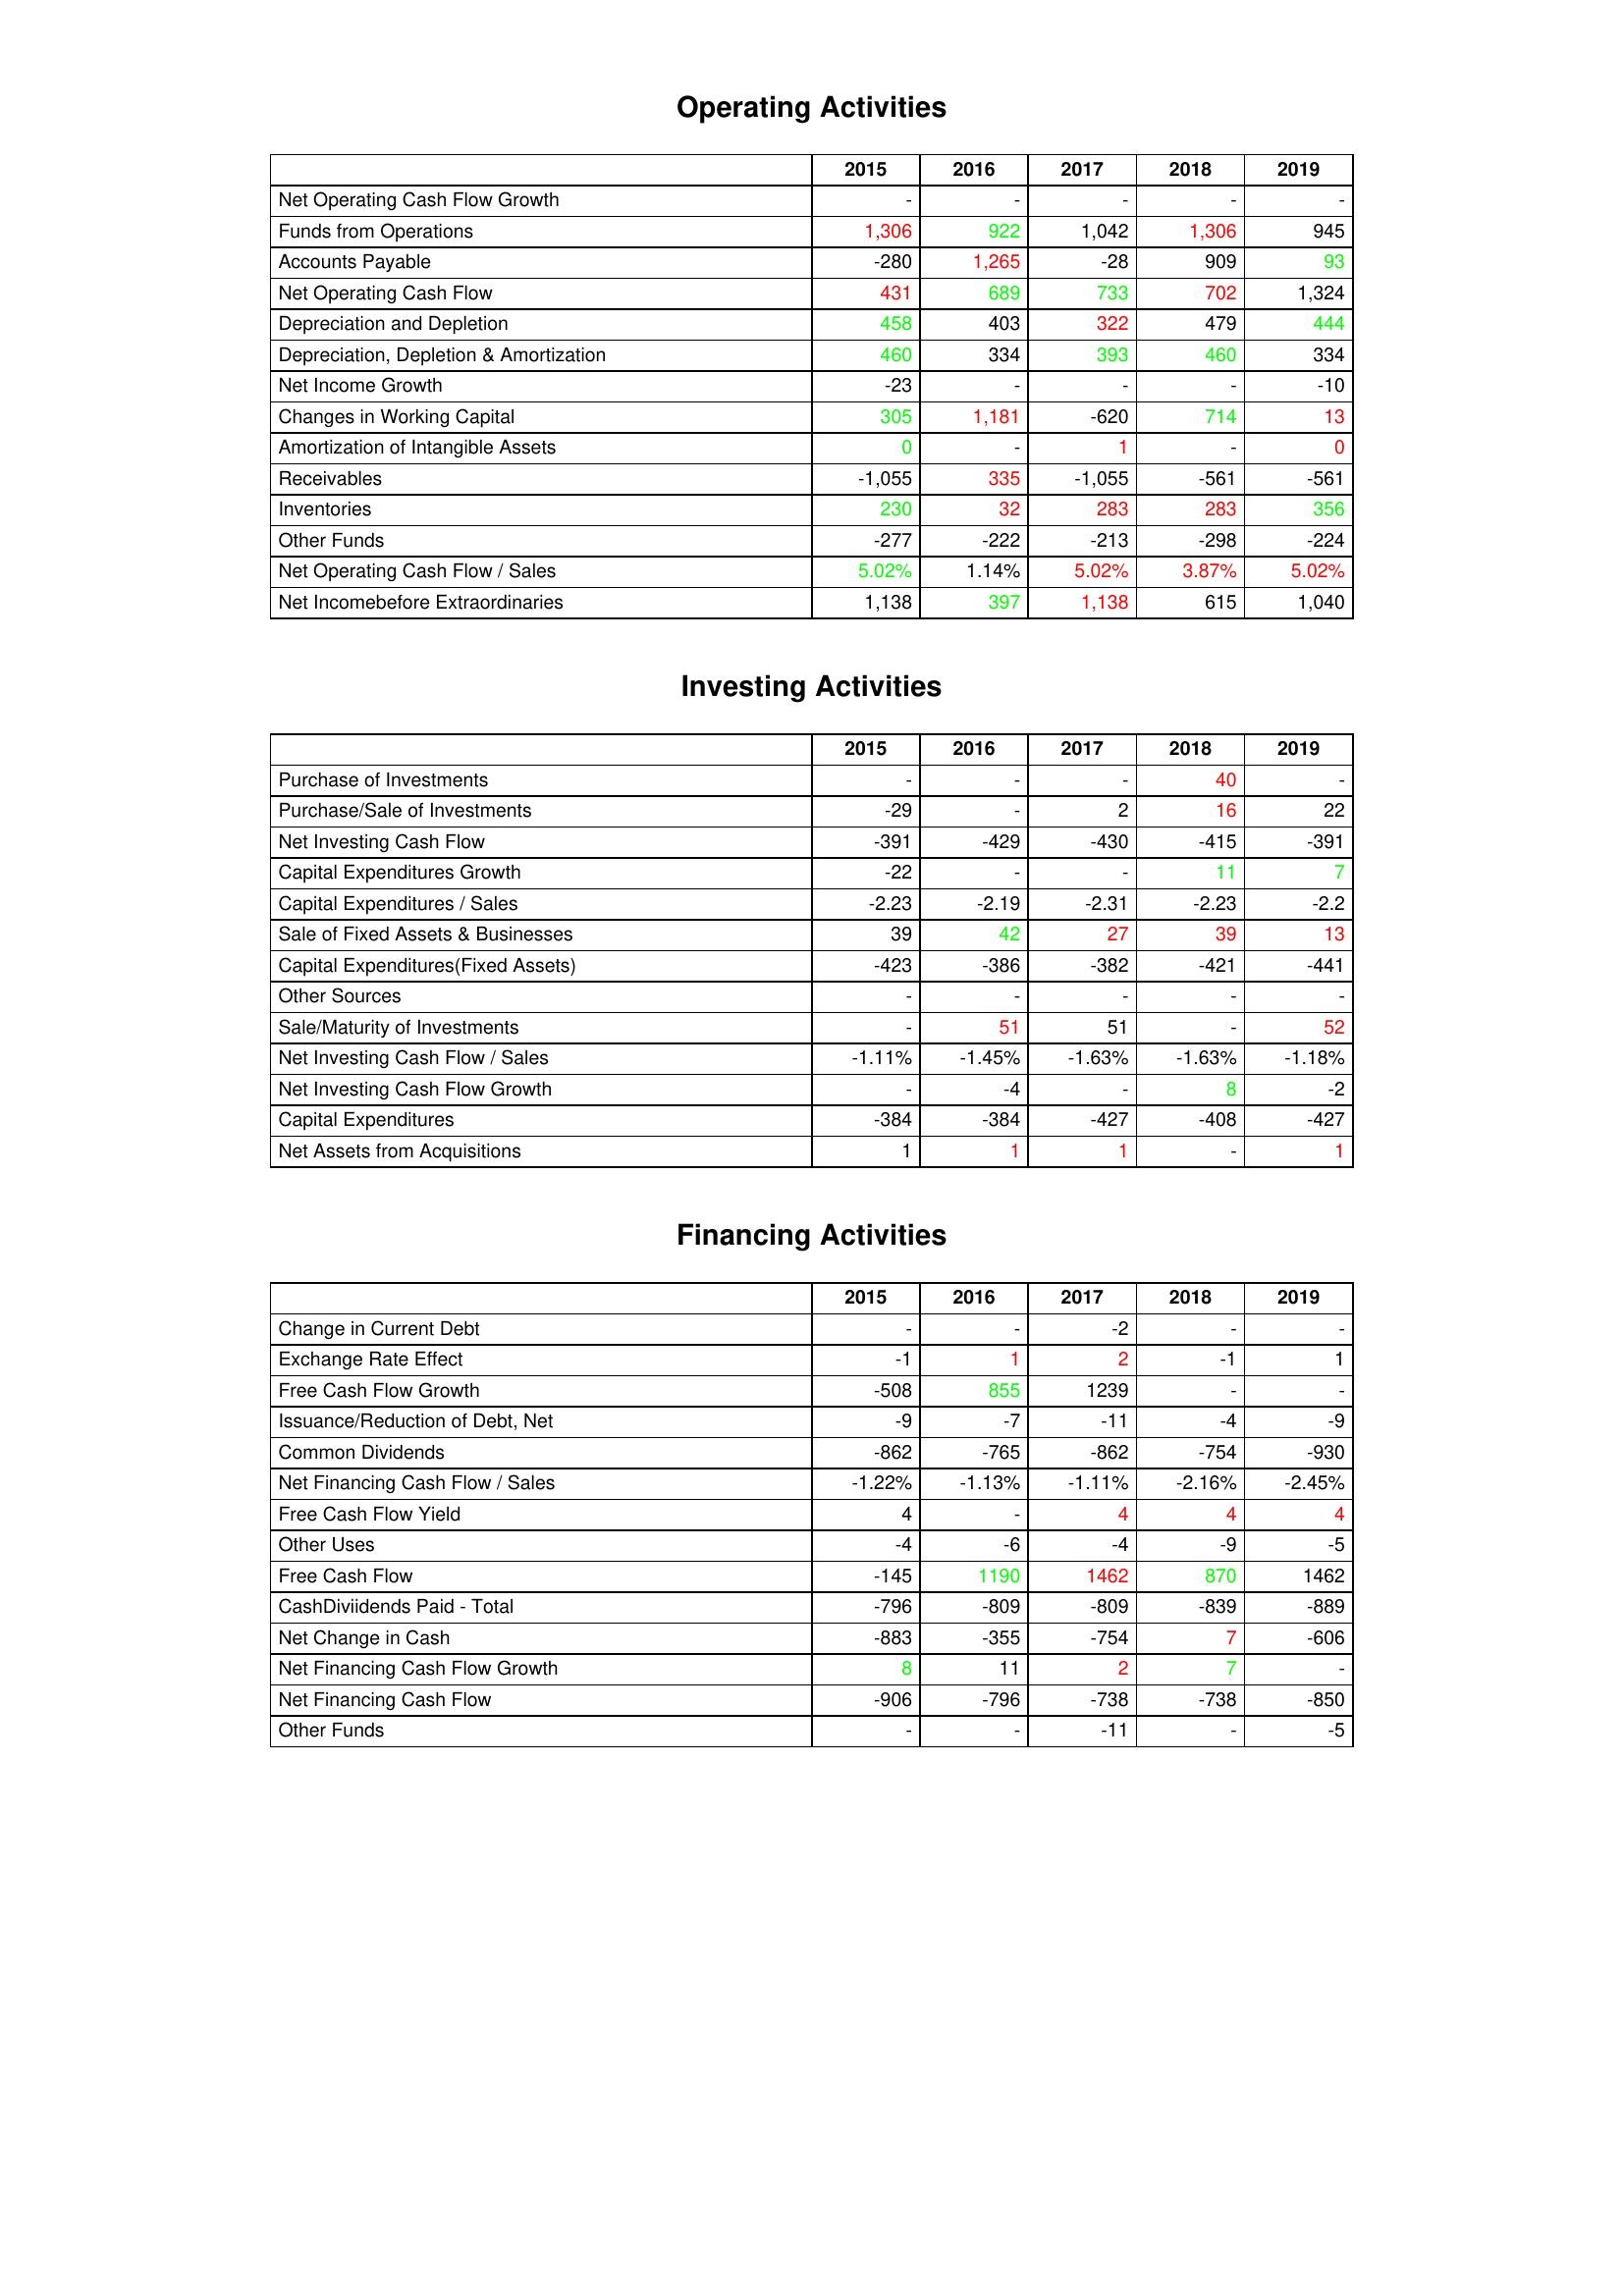
gt_parse: 2015: Operating Activities: Net Operating Cash Flow Growth: -
Funds from Operations: 1,306
Accounts Payable: -280
Net Operating Cash Flow: 431
Depreciation and Depletion: 458
Depreciation, Depletion & Amortization: 460
Net Income Growth: -23
Changes in Working Capital: 305
Amortization of Intangible Assets: 0
Receivables: -1,055
Inventories: 230
Other Funds: -277
Net Operating Cash Flow / Sales: 5.02%
Net Incomebefore Extraordinaries: 1,138
Investing Activities: Purchase of Investments: -
Purchase/Sale of Investments: -29
Net Investing Cash Flow: -391
Capital Expenditures Growth: -22
Capital Expenditures / Sales: -2.23
Sale of Fixed Assets & Businesses: 39
Capital Expenditures(Fixed Assets): -423
Other Sources: -
Sale/Maturity of Investments: -
Net Investing Cash Flow / Sales: -1.11%
Net Investing Cash Flow Growth: -
Capital Expenditures: -384
Net Assets from Acquisitions: 1
Financing Activities: Change in Current Debt: -
Exchange Rate Effect: -1
Free Cash Flow Growth: -508
Issuance/Reduction of Debt, Net: -9
Common Dividends: -862
Net Financing Cash Flow / Sales: -1.22%
Free Cash Flow Yield: 4
Other Uses: -4
Free Cash Flow: -145
CashDiviidends Paid - Total: -796
Net Change in Cash: -883
Net Financing Cash Flow Growth: 8
Net Financing Cash Flow: -906
Other Funds: -
2016: Operating Activities: Net Operating Cash Flow Growth: -
Funds from Operations: 922
Accounts Payable: 1,265
Net Operating Cash Flow: 689
Depreciation and Depletion: 403
Depreciation, Depletion & Amortization: 334
Net Income Growth: -
Changes in Working Capital: 1,181
Amortization of Intangible Assets: -
Receivables: 335
Inventories: 32
Other Funds: -222
Net Operating Cash Flow / Sales: 1.14%
Net Incomebefore Extraordinaries: 397
Investing Activities: Purchase of Investments: -
Purchase/Sale of Investments: -
Net Investing Cash Flow: -429
Capital Expenditures Growth: -
Capital Expenditures / Sales: -2.19
Sale of Fixed Assets & Businesses: 42
Capital Expenditures(Fixed Assets): -386
Other Sources: -
Sale/Maturity of Investments: 51
Net Investing Cash Flow / Sales: -1.45%
Net Investing Cash Flow Growth: -4
Capital Expenditures: -384
Net Assets from Acquisitions: 1
Financing Activities: Change in Current Debt: -
Exchange Rate Effect: 1
Free Cash Flow Growth: 855
Issuance/Reduction of Debt, Net: -7
Common Dividends: -765
Net Financing Cash Flow / Sales: -1.13%
Free Cash Flow Yield: -
Other Uses: -6
Free Cash Flow: 1190
CashDiviidends Paid - Total: -809
Net Change in Cash: -355
Net Financing Cash Flow Growth: 11
Net Financing Cash Flow: -796
Other Funds: -
2017: Operating Activities: Net Operating Cash Flow Growth: -
Funds from Operations: 1,042
Accounts Payable: -28
Net Operating Cash Flow: 733
Depreciation and Depletion: 322
Depreciation, Depletion & Amortization: 393
Net Income Growth: -
Changes in Working Capital: -620
Amortization of Intangible Assets: 1
Receivables: -1,055
Inventories: 283
Other Funds: -213
Net Operating Cash Flow / Sales: 5.02%
Net Incomebefore Extraordinaries: 1,138
Investing Activities: Purchase of Investments: -
Purchase/Sale of Investments: 2
Net Investing Cash Flow: -430
Capital Expenditures Growth: -
Capital Expenditures / Sales: -2.31
Sale of Fixed Assets & Businesses: 27
Capital Expenditures(Fixed Assets): -382
Other Sources: -
Sale/Maturity of Investments: 51
Net Investing Cash Flow / Sales: -1.63%
Net Investing Cash Flow Growth: -
Capital Expenditures: -427
Net Assets from Acquisitions: 1
Financing Activities: Change in Current Debt: -2
Exchange Rate Effect: 2
Free Cash Flow Growth: 1239
Issuance/Reduction of Debt, Net: -11
Common Dividends: -862
Net Financing Cash Flow / Sales: -1.11%
Free Cash Flow Yield: 4
Other Uses: -4
Free Cash Flow: 1462
CashDiviidends Paid - Total: -809
Net Change in Cash: -754
Net Financing Cash Flow Growth: 2
Net Financing Cash Flow: -738
Other Funds: -11
2018: Operating Activities: Net Operating Cash Flow Growth: -
Funds from Operations: 1,306
Accounts Payable: 909
Net Operating Cash Flow: 702
Depreciation and Depletion: 479
Depreciation, Depletion & Amortization: 460
Net Income Growth: -
Changes in Working Capital: 714
Amortization of Intangible Assets: -
Receivables: -561
Inventories: 283
Other Funds: -298
Net Operating Cash Flow / Sales: 3.87%
Net Incomebefore Extraordinaries: 615
Investing Activities: Purchase of Investments: 40
Purchase/Sale of Investments: 16
Net Investing Cash Flow: -415
Capital Expenditures Growth: 11
Capital Expenditures / Sales: -2.23
Sale of Fixed Assets & Businesses: 39
Capital Expenditures(Fixed Assets): -421
Other Sources: -
Sale/Maturity of Investments: -
Net Investing Cash Flow / Sales: -1.63%
Net Investing Cash Flow Growth: 8
Capital Expenditures: -408
Net Assets from Acquisitions: -
Financing Activities: Change in Current Debt: -
Exchange Rate Effect: -1
Free Cash Flow Growth: -
Issuance/Reduction of Debt, Net: -4
Common Dividends: -754
Net Financing Cash Flow / Sales: -2.16%
Free Cash Flow Yield: 4
Other Uses: -9
Free Cash Flow: 870
CashDiviidends Paid - Total: -839
Net Change in Cash: 7
Net Financing Cash Flow Growth: 7
Net Financing Cash Flow: -738
Other Funds: -
2019: Operating Activities: Net Operating Cash Flow Growth: -
Funds from Operations: 945
Accounts Payable: 93
Net Operating Cash Flow: 1,324
Depreciation and Depletion: 444
Depreciation, Depletion & Amortization: 334
Net Income Growth: -10
Changes in Working Capital: 13
Amortization of Intangible Assets: 0
Receivables: -561
Inventories: 356
Other Funds: -224
Net Operating Cash Flow / Sales: 5.02%
Net Incomebefore Extraordinaries: 1,040
Investing Activities: Purchase of Investments: -
Purchase/Sale of Investments: 22
Net Investing Cash Flow: -391
Capital Expenditures Growth: 7
Capital Expenditures / Sales: -2.2
Sale of Fixed Assets & Businesses: 13
Capital Expenditures(Fixed Assets): -441
Other Sources: -
Sale/Maturity of Investments: 52
Net Investing Cash Flow / Sales: -1.18%
Net Investing Cash Flow Growth: -2
Capital Expenditures: -427
Net Assets from Acquisitions: 1
Financing Activities: Change in Current Debt: -
Exchange Rate Effect: 1
Free Cash Flow Growth: -
Issuance/Reduction of Debt, Net: -9
Common Dividends: -930
Net Financing Cash Flow / Sales: -2.45%
Free Cash Flow Yield: 4
Other Uses: -5
Free Cash Flow: 1462
CashDiviidends Paid - Total: -889
Net Change in Cash: -606
Net Financing Cash Flow Growth: -
Net Financing Cash Flow: -850
Other Funds: -5